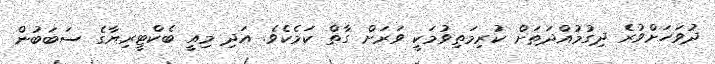
ދުވަހަށްވުރެ ދިގުމުއްދަތަށް ކުރިމަތިވުމަކީ ވަރަށް ގާތް ކަމެކެވެ. އަދި މިއީ ބެކްޓީރިޔާގެ ސަބަބުން